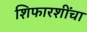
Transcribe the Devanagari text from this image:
शिफारशींचा